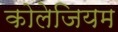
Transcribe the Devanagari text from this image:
कोलेजियम